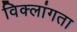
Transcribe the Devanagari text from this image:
विक्लांगता